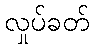
လှုပ်ခတ်